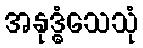
အနုဒ္ဓံသေသုံ